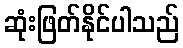
ဆုံးဖြတ်နိုင်ပါသည်